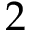
2